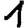
Digit: 1